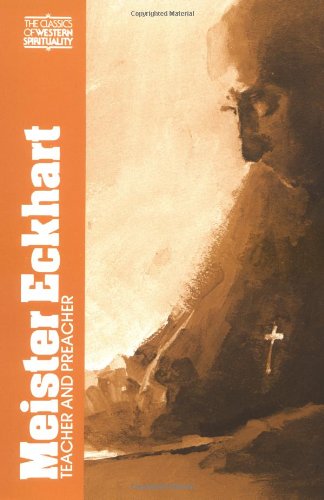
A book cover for Meister Eckhart: Teacher and Preacher; Meister Eckhart; Religion & Spirituality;